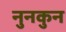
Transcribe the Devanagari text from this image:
नुनकुन